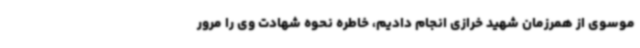
موسوی از همرزمان شهید خرازی انجام دادیم، خاطره نحوه شهادت وی را مرور